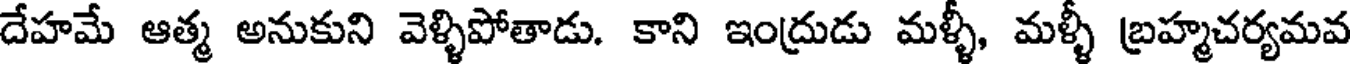
దేహమే ఆత్మ అనుకుని వెళ్ళిపోతాడు. కాని ఇంద్రుడు మళ్ళీ, మళ్ళీ బ్రహ్మచర్యమవ